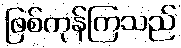
ဖြစ်ကုန်ကြသည်